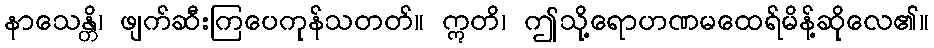
နာသေန္တိ၊ ဖျက်ဆီးကြပေကုန်သတတ်။ ဣတိ၊ ဤသို့ရောဟဏမထေရ်မိန့်ဆိုလေ၏။